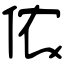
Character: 侬